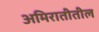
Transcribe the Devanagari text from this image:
अमिरातीतील